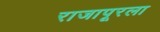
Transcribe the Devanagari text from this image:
राजापूरला